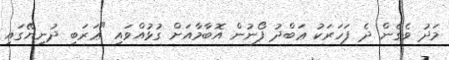
މަދު ވެގެން ދެ ފަހަރަކު ޢަބްދު ފޯނުން އޮބާމާއަށް ގުޅުއްވައި "ޢަރަބި ދުނިޔޭގައި